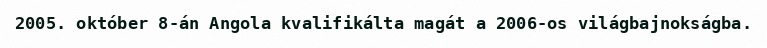
2005. október 8-án Angola kvalifikálta magát a 2006-os világbajnokságba.